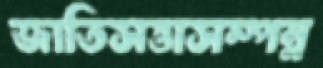
জাতিসত্তাসম্পন্ন